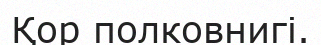
Қор полковнигі.